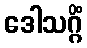
ဒေါသဂ္ဂိံ